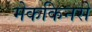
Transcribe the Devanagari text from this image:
मेककिनसे